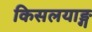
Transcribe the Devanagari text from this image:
किसलयाङ्ग